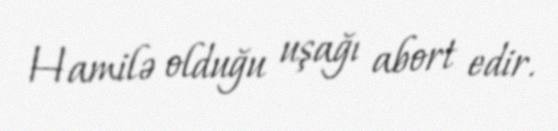
Hamilə olduğu uşağı abort edir.